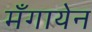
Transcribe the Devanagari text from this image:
मँगायेन